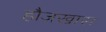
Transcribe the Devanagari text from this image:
हौज़खास